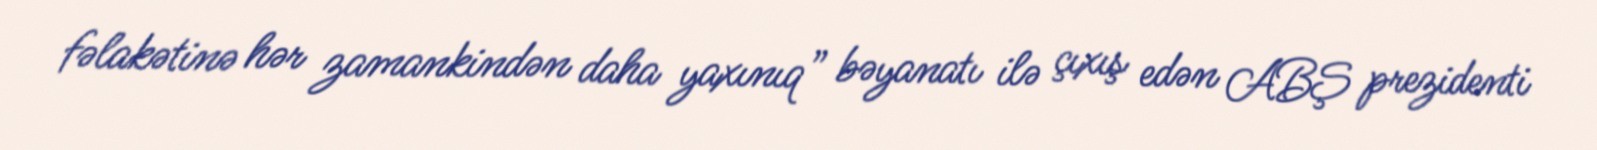
fəlakətinə hər zamankindən daha yaxınıq” bəyanatı ilə çıxış edən ABŞ prezidenti